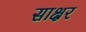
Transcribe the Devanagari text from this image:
साक्ष्रर